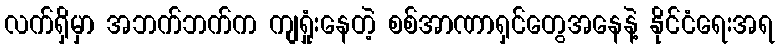
လက်ရှိမှာ အဘက်ဘက်က ကျရှုံးနေတဲ့ စစ်အာဏာရှင်တွေအနေနဲ့ နိုင်ငံရေးအရ